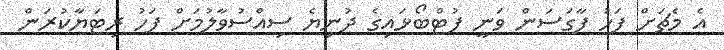
އެ މެޗަށް ފަހު ފާގަސަން ވަނީ ފުޓްބޯޅައިގެ ދުނިޔެ ސިއްސުވާލުމަށް ފަހު ރިޓަޔާކުރަން